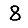
Digit: 8